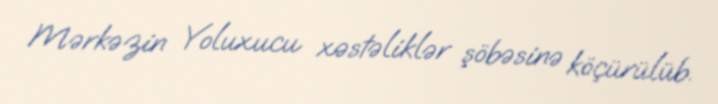
Mərkəzin Yoluxucu xəstəliklər şöbəsinə köçürülüb.